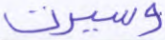
وسيرت